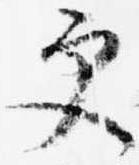
更